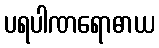
ပရပါဏရောဓာယ